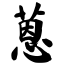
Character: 蒽